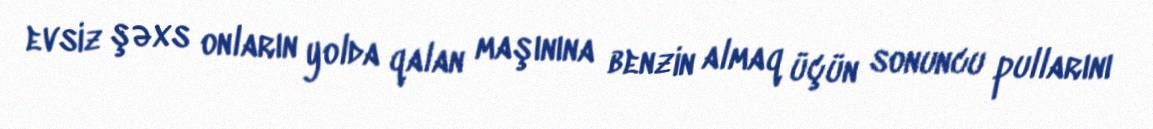
evsiz şəxs onların yolda qalan maşınına benzin almaq üçün sonuncu pullarını